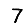
Digit: 7